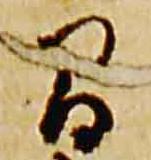
間